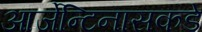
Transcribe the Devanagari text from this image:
आर्जेन्टिनासकडे